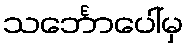
သင်္ဘောပေါ်မှ